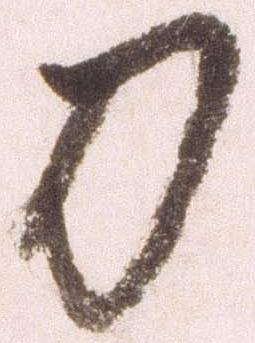
刀